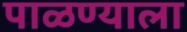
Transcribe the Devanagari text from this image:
पाळण्याला